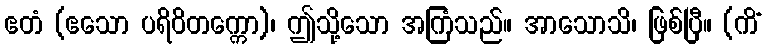
ဧတံ (ဧသော ပရိဝိတက္ကော)၊ ဤသို့သော အကြံသည်။ အာသောသိ၊ ဖြစ်ပြီ။ (ကိံ